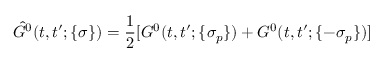
\hat { G } ^ { 0 } ( t , t ^ { \prime } ; \{ \sigma \} ) = \frac { 1 } { 2 } [ G ^ { 0 } ( t , t ^ { \prime } ; \{ \sigma _ { p } \} ) + G ^ { 0 } ( t , t ^ { \prime } ; \{ - \sigma _ { p } \} ) ]